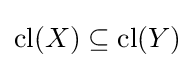
\operatorname {cl} (X)\subseteq \operatorname {cl} (Y)